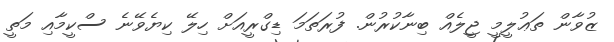
ޒުވާން ތަޢުލީމީ ޖީލެއް ބިނާކުރުން. ފުރަތަމަ ޑިގްރީއަށް ހިލޭ ކިޔެވޭނެ ސްކީމާއި މަތީ